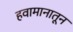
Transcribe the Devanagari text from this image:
हवामानातून